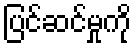
ပြင်ဆင်မှုကို